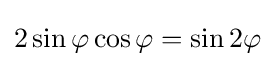
2\sin \varphi \cos \varphi =\sin 2\varphi